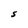
Character: S